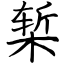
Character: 椠